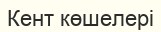
Кент көшелері